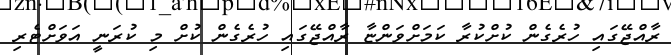
ރާއްޖޭގައި ހުރެގެން ކުށްކުރާ ކަމަށްވަންޏާ ރާއްޖޭގައި ހުރެގެން ކުށް މި ކުރަނީ އަވަށްޓެރި